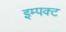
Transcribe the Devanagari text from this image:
इम्पक्ट